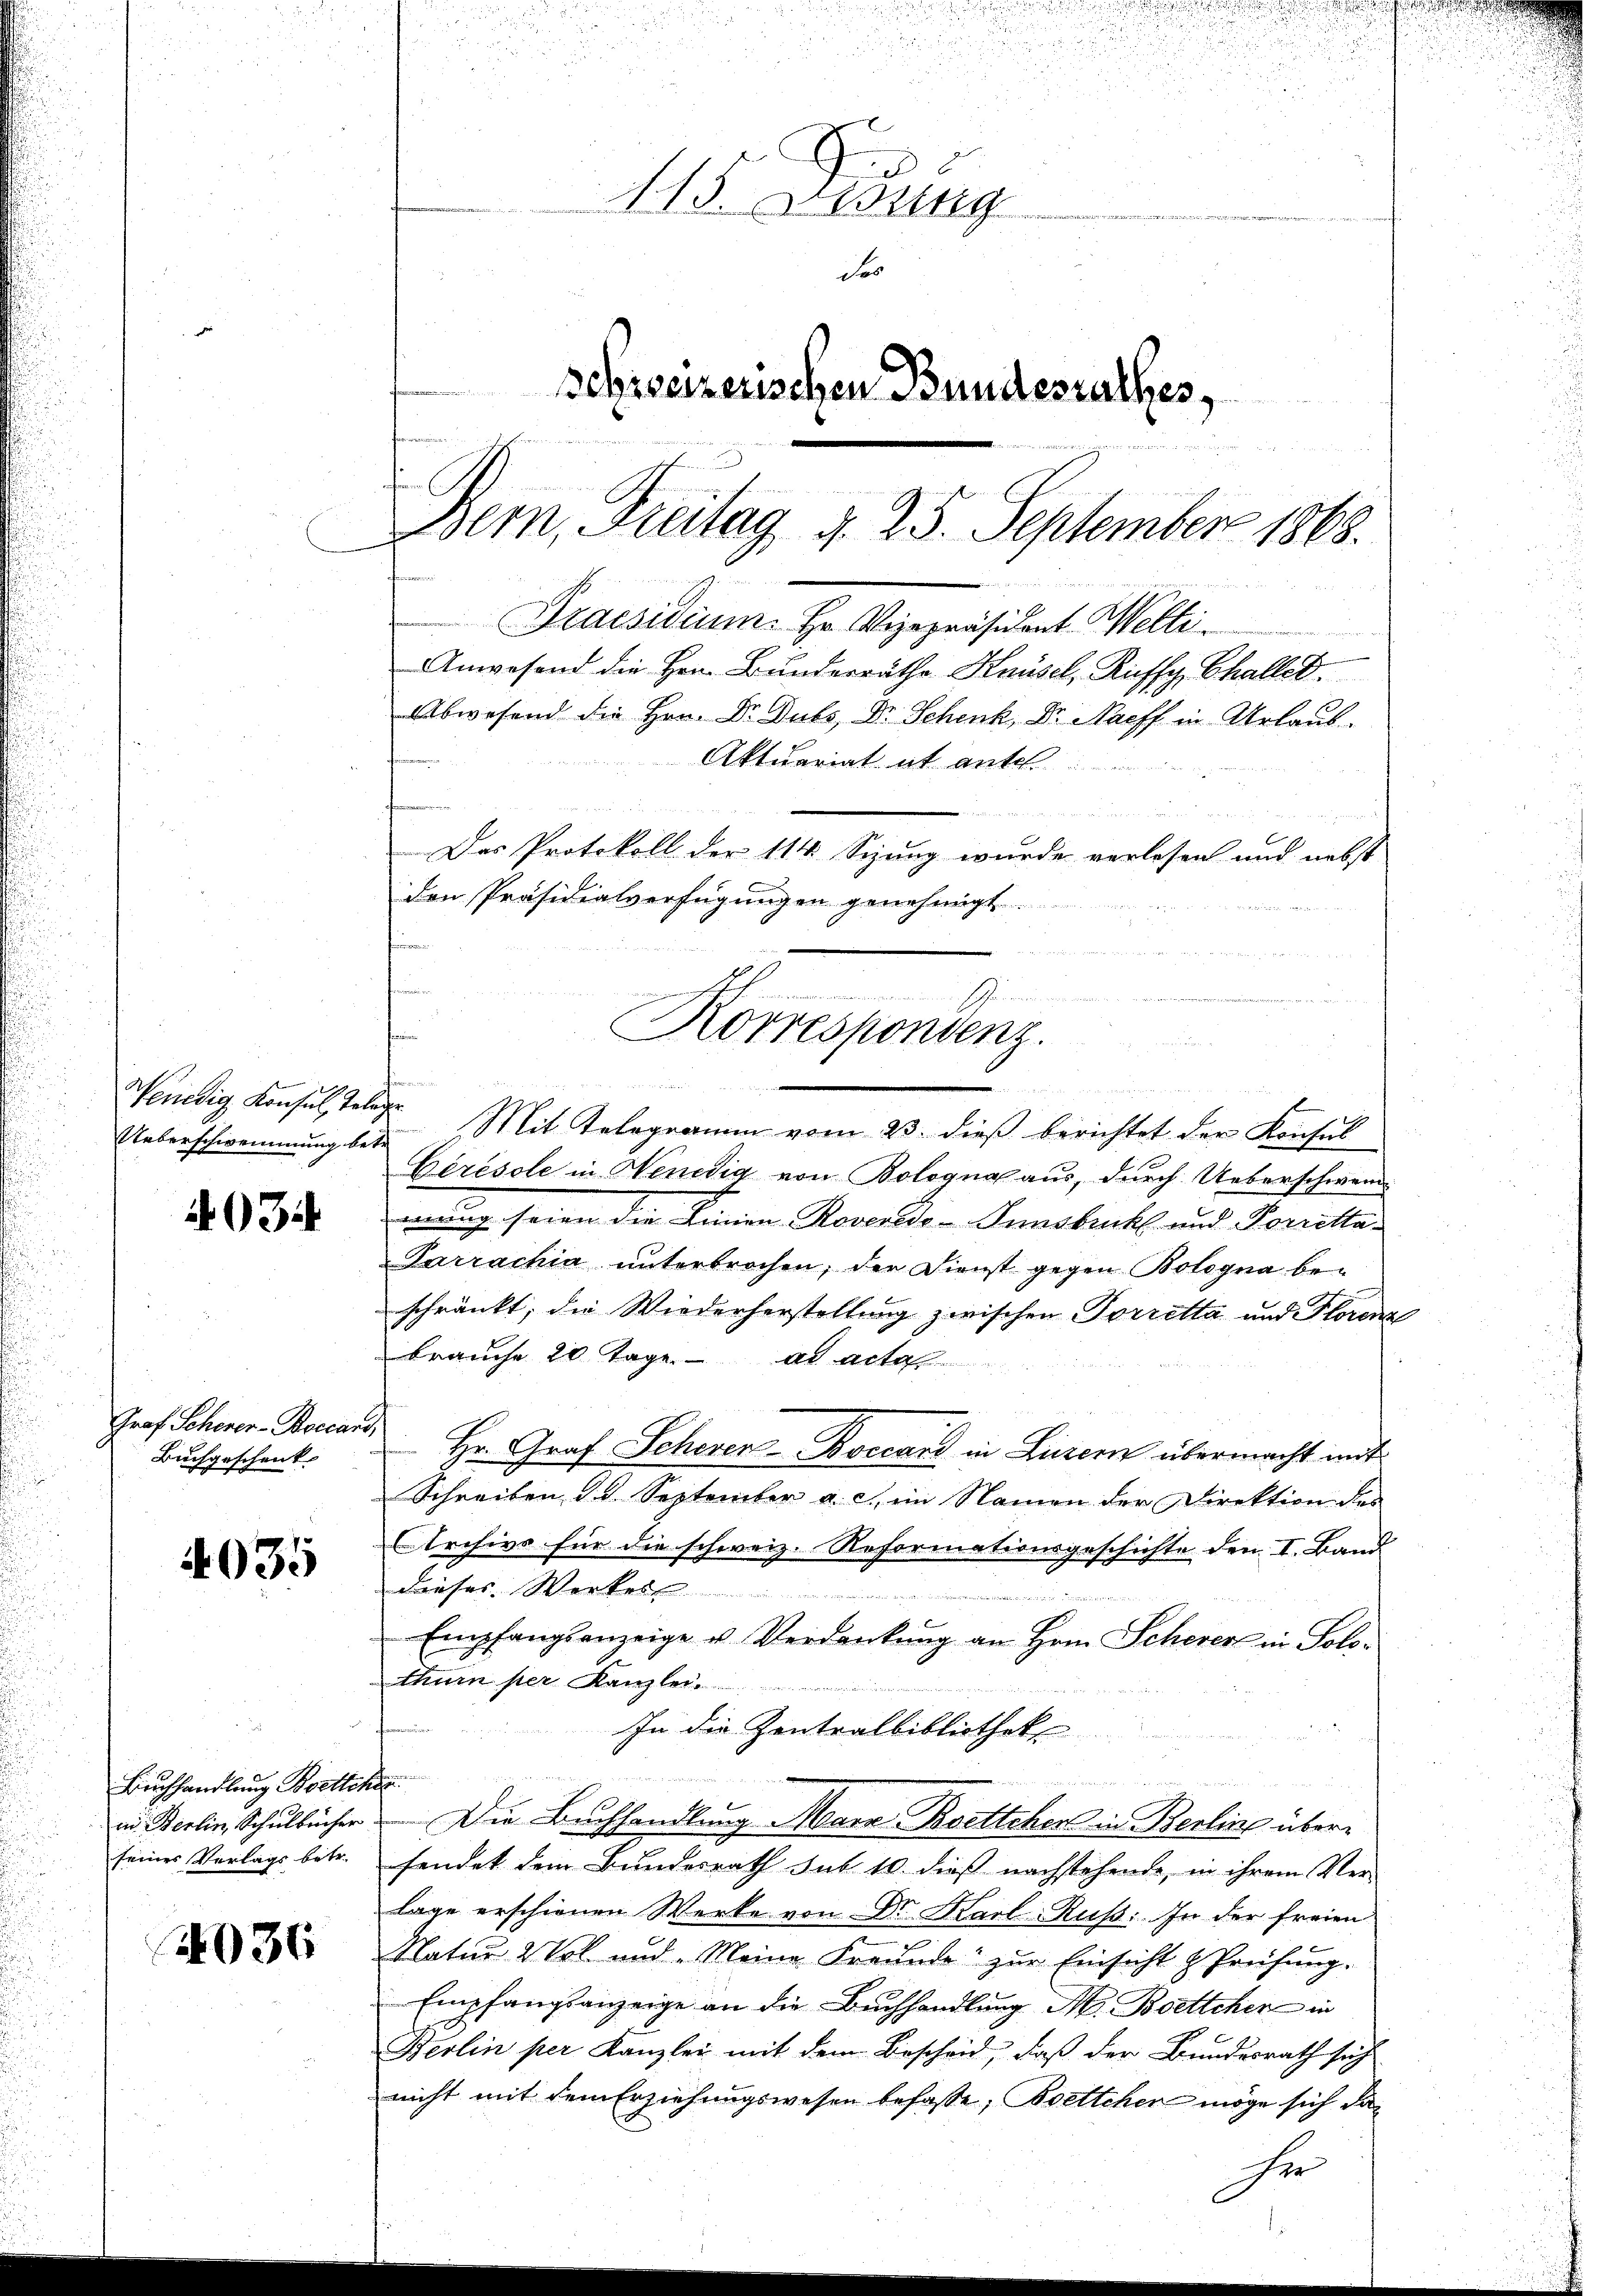
Venedig Konsul, Telege
Ueberschwemmung be¬

4034

Graf Scherer-Boccari
Buchgeschenk- |

4035

Buchhandlung Bretter
in Berlin, Schulbücher
seines Verlags betr.

4036

n
113. Lesung
de
schweizerischen Bundesrathes,

Bern, Freitag d. 25. September 1868.
Praesidium. Hr. Vizepräsident Welti.
Anwesend die Hrn. Bunderräthe Knüsel, Riffy, Challer.
Abwesend die Hrn. Dr. Dubs, Dr. Schenk, Dr. Naeff in Abrlaub
Aktuariat et ante.
Das Protokoll der 114 Sizung wurde verlesen und nebst

w
2. Mit Telegramm vom 23. dieß berichtet der Konsul
Gérésole in Hendig von Bologna aus, durch Ueberschwend
mung seien die Linien-Roveredo-Innsbruck und Porretta¬
Parrachia unterbrochen, der Dienst gegen Bologna beschränkt; die Wiederherstellung zwischen Vorretta und Florena
brauche 20 Tage. ad acta
 Hr. Graf Scheven-Boccant in Luzern übermacht mit
Schreiben d. 1. September a. c., im Namen der Direktion des
Archivs für die schweiz. Reformationsgeschichte den I. Band.
Dieses Werker
n
Empfangsanzeige u. Verdankŭng an Hrn. Scheverl in Solo-
thurn per Kanzlei.

In die Zentralbibliotheke

efen
Die Buchhandlung Mara Boettchen in Berlins überfendet dem Bundesrath sub 10. dieß nachstehende, in ihrem Ver-
lage erschienen Werke von Dr. Karl-Ruß: In der freien
Natur 2 Vol. und „Meine Freunde zur Einsicht Prüfung.
Empfangsanzeige an die Buchhandlung M. Boettcher in
Berlin per Kanzlei mit dem Bescheid, daß der Bundesrath sich
nicht mit dem Erziehungswesen befasse; Boettchen möge sich dasie

den Präsidialverfügungen genehmigt.
hanen
S
Korrespondenz.
e